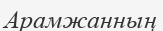
Арамжанның